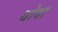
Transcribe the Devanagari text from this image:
थोदा